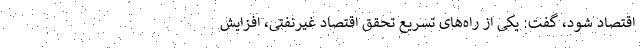
اقتصاد شود، گفت: یکی از راه‌های تسریع تحقق اقتصاد غیرنفتی، افزایش